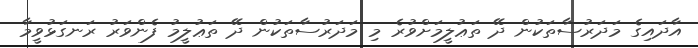
އާދައިގެ މަދަރުސާތަކުން ދޭ ތަޢުލީމަށްވުރެ މި މަދަރުސާތަކުން ދޭ ތަޢުލީމު ފެންވަރު ރަނގަޅުވީމާ